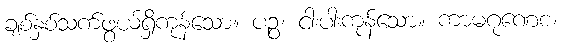
ချစ်နှစ်သက်ဖွယ်ရှိကုန်သော။ ပဉ္စ၊ ငါးပါးကုန်သော။ ကာမဂုဏေစ၊